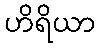
ဟိရိယာ